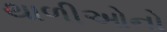
થાળીઓનો